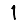
Digit: 1